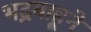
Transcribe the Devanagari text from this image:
भद्रबाहूने